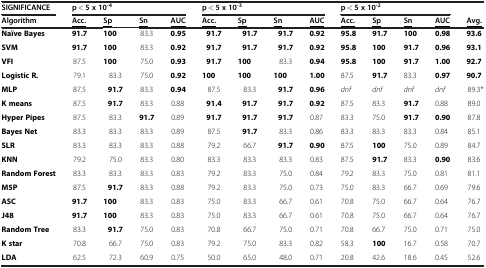
<table><thead><tr><td><b>SIGNIFICANCE</b></td><td colspan="4"><b>p &lt; 5 x 10<sup>-4</sup></b></td><td colspan="4"><b>p &lt; 5 x 10<sup>-3</sup></b></td><td colspan="4"><b>p &lt; 5 x 10<sup>-2</sup></b></td><td><b> </b></td></tr><tr><td><b>Algorithm</b></td><td><b><underline>Acc.</underline></b></td><td><b><underline>Sp</underline></b></td><td><b><underline>Sn</underline></b></td><td><b><underline>AUC</underline></b></td><td><b><underline>Acc.</underline></b></td><td><b><underline>Sp</underline></b></td><td><b><underline>Sn</underline></b></td><td><b><underline>AUC</underline></b></td><td><b><underline>Acc.</underline></b></td><td><b><underline>Sp</underline></b></td><td><b><underline>Sn</underline></b></td><td><b><underline>AUC</underline></b></td><td><b><underline>Avg.</underline></b></td></tr></thead><tbody><tr><td><b>Naïve Bayes</b></td><td><b>91.7</b></td><td><b>100</b></td><td>83.3</td><td><b>0.95</b></td><td><b>91.7</b></td><td><b>91.7</b></td><td><b>91.7</b></td><td><b>0.92</b></td><td><b>95.8</b></td><td><b>91.7</b></td><td><b>100</b></td><td><b>0.98</b></td><td><b>93.6</b></td></tr><tr><td><b>SVM</b></td><td><b>91.7</b></td><td><b>100</b></td><td>83.3</td><td><b>0.92</b></td><td><b>91.7</b></td><td><b>91.7</b></td><td><b>91.7</b></td><td><b>0.92</b></td><td><b>95.8</b></td><td><b>100</b></td><td><b>91.7</b></td><td><b>0.96</b></td><td><b>93.1</b></td></tr><tr><td><b>VFI</b></td><td>87.5</td><td><b>100</b></td><td>75.0</td><td><b>0.93</b></td><td><b>91.7</b></td><td><b>100</b></td><td>83.3</td><td><b>0.94</b></td><td><b>95.8</b></td><td><b>100</b></td><td><b>91.7</b></td><td><b>1.00</b></td><td><b>92.7</b></td></tr><tr><td><b>Logistic R.</b></td><td>79.1</td><td>83.3</td><td>75.0</td><td><b>0.92</b></td><td><b>100</b></td><td><b>100</b></td><td><b>100</b></td><td><b>1.00</b></td><td>87.5</td><td><b>91.7</b></td><td>83.3</td><td><b>0.97</b></td><td><b>90.7</b></td></tr><tr><td><b>MLP</b></td><td>87.5</td><td><b>91.7</b></td><td>83.3</td><td><b>0.94</b></td><td>87.5</td><td>83.3</td><td><b>91.7</b></td><td><b>0.96</b></td><td><i>dnf</i></td><td><i>dnf</i></td><td><i>dnf</i></td><td><i>dnf</i></td><td>89.3*</td></tr><tr><td><b>K means</b></td><td>87.5</td><td><b>91.7</b></td><td>83.3</td><td>0.88</td><td><b>91.4</b></td><td><b>91.7</b></td><td><b>91.7</b></td><td><b>0.92</b></td><td>87.5</td><td>83.3</td><td><b>91.7</b></td><td>0.88</td><td>89.0</td></tr><tr><td><b>Hyper Pipes</b></td><td>87.5</td><td>83.3</td><td><b>91.7</b></td><td>0.89</td><td><b>91.7</b></td><td><b>91.7</b></td><td><b>91.7</b></td><td>0.87</td><td>83.3</td><td>75.0</td><td><b>91.7</b></td><td><b>0.90</b></td><td>87.8</td></tr><tr><td><b>Bayes Net</b></td><td>83.3</td><td>83.3</td><td>83.3</td><td>0.89</td><td>87.5</td><td><b>91.7</b></td><td>83.3</td><td>0.86</td><td>83.3</td><td>83.3</td><td>83.3</td><td>0.84</td><td>85.1</td></tr><tr><td><b>SLR</b></td><td>83.3</td><td>83.3</td><td>83.3</td><td>0.88</td><td>79.2</td><td>66.7</td><td><b>91.7</b></td><td><b>0.90</b></td><td>87.5</td><td><b>100</b></td><td>75.0</td><td>0.89</td><td>84.7</td></tr><tr><td><b>KNN</b></td><td>79.2</td><td>75.0</td><td>83.3</td><td>0.80</td><td>83.3</td><td>83.3</td><td>83.3</td><td>0.83</td><td>87.5</td><td><b>91.7</b></td><td>83.3</td><td><b>0.90</b></td><td>83.6</td></tr><tr><td><b>Random Forest</b></td><td>83.3</td><td>83.3</td><td>83.3</td><td>0.83</td><td>79.2</td><td>83.3</td><td>75.0</td><td>0.84</td><td>79.2</td><td>83.3</td><td>75.0</td><td>0.81</td><td>81.1</td></tr><tr><td><b>M5P</b></td><td>87.5</td><td><b>91.7</b></td><td>83.3</td><td>0.88</td><td>79.2</td><td>83.3</td><td>75.0</td><td>0.73</td><td>75.0</td><td>83.3</td><td>66.7</td><td>0.69</td><td>79.6</td></tr><tr><td><b>ASC</b></td><td><b>91.7</b></td><td><b>100</b></td><td>83.3</td><td>0.83</td><td>75.0</td><td>83.3</td><td>66.7</td><td>0.61</td><td>70.8</td><td>75.0</td><td>66.7</td><td>0.64</td><td>76.7</td></tr><tr><td><b>J48</b></td><td><b>91.7</b></td><td><b>100</b></td><td>83.3</td><td>0.83</td><td>75.0</td><td>83.3</td><td>66.7</td><td>0.61</td><td>70.8</td><td>75.0</td><td>66.7</td><td>0.64</td><td>76.7</td></tr><tr><td><b>Random Tree</b></td><td>83.3</td><td><b>91.7</b></td><td>75.0</td><td>0.83</td><td>70.8</td><td>66.7</td><td>75.0</td><td>0.71</td><td>70.8</td><td>66.7</td><td>75.0</td><td>0.71</td><td>75.0</td></tr><tr><td><b>K star</b></td><td>70.8</td><td>66.7</td><td>75.0</td><td>0.83</td><td>79.2</td><td>75.0</td><td>83.3</td><td>0.82</td><td>58.3</td><td><b>100</b></td><td>16.7</td><td>0.58</td><td>70.7</td></tr><tr><td><b>LDA</b></td><td>62.5</td><td>72.3</td><td>60.9</td><td>0.75</td><td>50.0</td><td>65.0</td><td>48.0</td><td>0.71</td><td>20.8</td><td>42.6</td><td>18.6</td><td>0.45</td><td>52.6</td></tr></tbody></table>